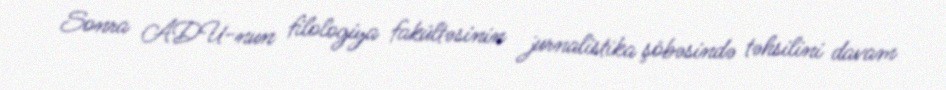
Sonra ADU-nun filologiya fakültəsinin jurnalistika şöbəsində təhsilini davam